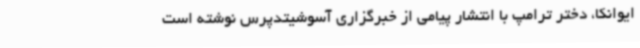
ایوانکا، دختر ترامپ با انتشار پیامی از خبرگزاری آسوشیتدپرس نوشته است